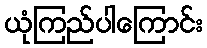
ယုံကြည်ပါကြောင်း